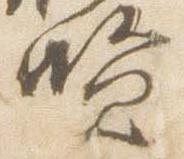
賢